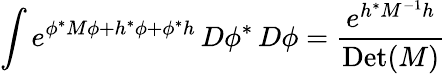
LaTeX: \int e^{\phi^{*}M\phi+h^{*}\phi+\phi^{*}h}\, D\phi^{*}\, D\phi={\frac{e^{h^{*}M^{-1}h}}{\mathrm{Det}(M)}}